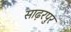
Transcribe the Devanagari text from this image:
साढ़रपुर